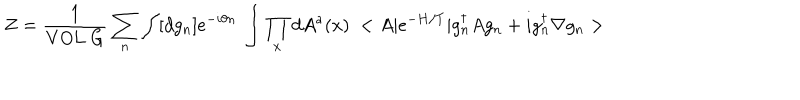
Z = \frac { 1 } { \mathrm { V O L ~ G } } \sum _ { n } \int [ d g _ { n } ] e ^ { - i \theta n } ~ \int \prod _ { x } d A ^ { a } ( x ) ~ < A \vert e ^ { - H / T } \vert g _ { n } ^ { \dagger } A g _ { n } + i g _ { n } ^ { \dagger } \nabla g _ { n } >